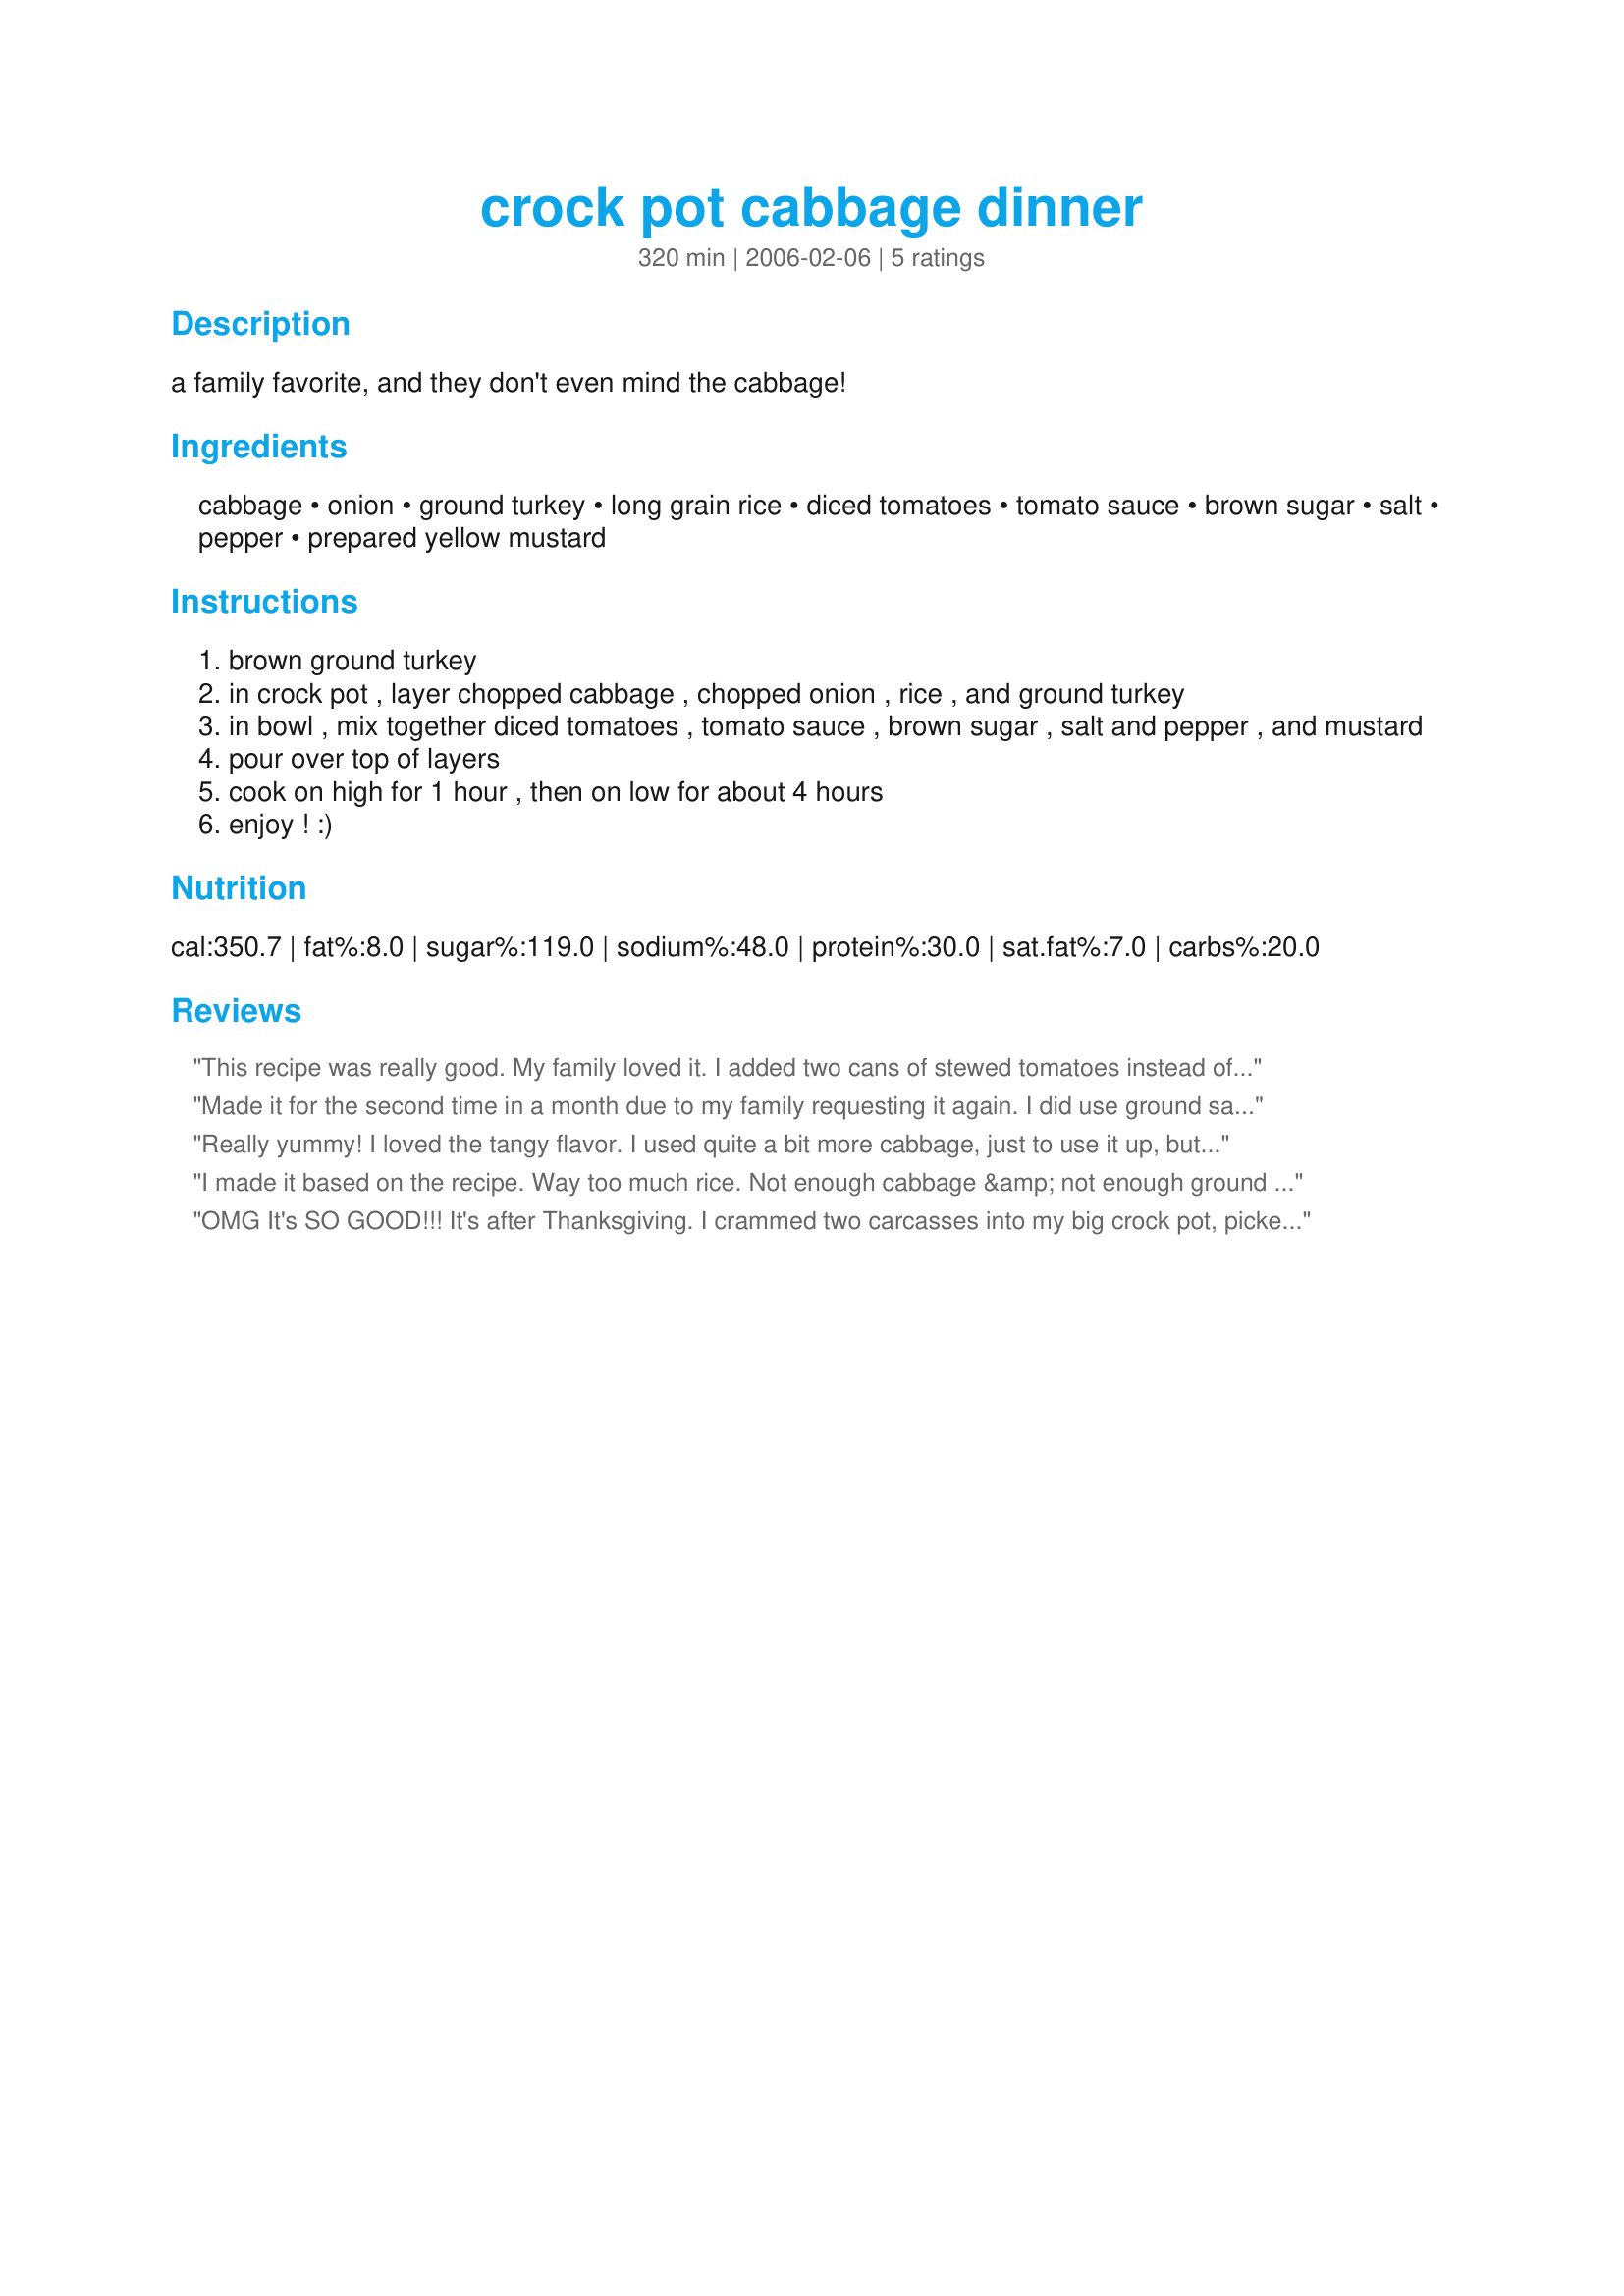
crock pot cabbage dinner
Preparation time: 320 minutes

a family favorite, and they don't even mind the cabbage!

Ingredients:
cabbage, onion, ground turkey, long grain rice, diced tomatoes, tomato sauce, brown sugar, salt, pepper, prepared yellow mustard

Steps:
brown ground turkey
in crock pot , layer chopped cabbage , chopped onion , rice , and ground turkey
in bowl , mix together diced tomatoes , tomato sauce , brown sugar , salt and pepper , and mustard
pour over top of layers
cook on high for 1 hour , then on low for about 4 hours
enjoy ! :)

Reviews:
This recipe was really good. My family loved it. I added two cans of stewed tomatoes instead of the diced tomatoes, brown sugar and tomato sauce because I love the flavor. Didn't have the dry mustard so I just added some regular mustard to the pot. It is such a good meal! This is a keeper. Thanks for sharing this recipe!
Made it for the second time in a month due to my family requesting it again. I did use ground sausage instead of turkey, and added more vegetables on top on the onion layer (mushrooms and celery). The recipe does not specify, but make sure you cook the rice prior to putting it in the crockpot. This will be in the regular rotation at my house, especially in the fall and winter!
Really yummy! I loved the tangy flavor. I used quite a bit more cabbage, just to use it up, but otherwise stuck to the recipe. Thanx for sharing this delicious and easy crockpot recipe. I'll make this again.
I made it based on the recipe. Way too much rice. Not enough cabbage &amp; not enough ground turkey &amp; on the sweet side. I'll make it again however I'd tweak everything stated above.
OMG It's SO GOOD!!! It's after Thanksgiving. I crammed two carcasses into my big crock pot, picked out the bones and gook and have a big bowl of stock, another of shredded turkey. I'm trying to use stuff up in the fridge but really don't want a pot of turkey soup so I used this recipe as an outline and I subbed out a few things. 1. The rice I made with turkey stock instead of water. 2. Shredded turkey instead of ground. 3. I had 2 nearly full 16 oz containers, 1 of fresh hot salsa, the other bruschetta. They sell these in the produce section. Top Crop is the name and I love their fresh regular salsa but they had been out. I left out all the diced tomato and onion and layered these in instead! 4. I had about 16 oz of vegetable juice (like V8) no one was drinking so used that instead of 2/3 of the sauce with one 8 oz can of tomato sauce. This came out so good! Some heat from the salsa but yet the sweet of the brown sugar shines through! My honey ate 2 giant bowls and I ate one and I would've ate more if I could! Definitely will be keeping this as the go-to after Thanksgiving treat and will make it anytime I can! Might have chicken, might have sausage! Be adventurous!
